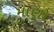
માણો